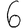
Digit: 6